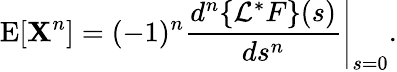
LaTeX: \operatorname{E}[\mathbf{X}^{n}]=(-1)^{n}\left.{\frac{{d^{n}\{ {\mathcal{{L}}}^{*}F\} (s)}}{{ds^{n}}}}\right|_{s=0}.